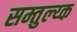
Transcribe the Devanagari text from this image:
सम्तुल्य्क